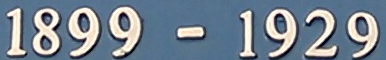
1899 - 1929